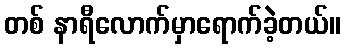
တစ် နာရီလောက်မှာရောက်ခဲ့တယ်။